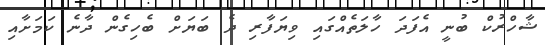
ޝާހްރުކް ބުނީ އެފަދަ ހާލަތެއްގައި ވިޔަފާރި ދެ ބަޔަށް ބެހިގެން ދާނެ ކަމަށާއި